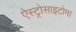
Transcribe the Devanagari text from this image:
ऐस्ट्रोसाइटोमा